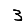
Digit: 3